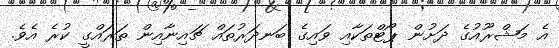
އެ މަޝްރޫއުގެ ދަށުން ޕޯޓްތަކާއި ވައިގެ ބަނދަރުތައް ޗައިނާއިން ތަރައްގީ ކުރެ އެވެ.